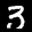
Label: 3